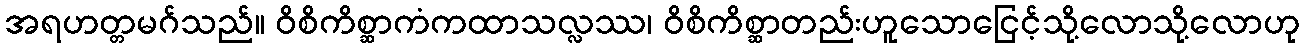
အရဟတ္တမဂ်သည်။ ဝိစိကိစ္ဆာကံကထာသလ္လဿ၊ ဝိစိကိစ္ဆာတည်းဟူသောငြေင့်သို့လောသို့လောဟု